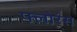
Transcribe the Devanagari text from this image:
फ्लोरंस